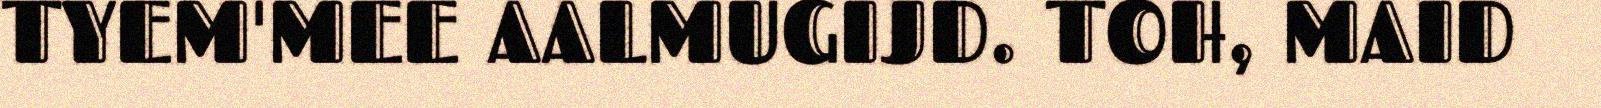
TYEM'MEE AALMUGIJD. TOH, MAID